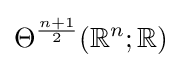
\Theta ^{\frac {n+1}{2}}(\mathbb {R} ^{n};\mathbb {R} )